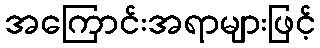
အကြောင်းအရာများဖြင့်